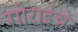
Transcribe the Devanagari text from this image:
गोराईचे